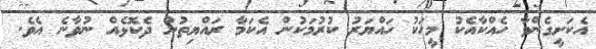
އެކަށީގެންވާ ހެއްކާއެކު މީހަކު ހައްޔަރު ކުރުމަކުން އެކަމާ ރައްޔިތުން ދެކޮޅެއް ނުވާނެ އެވެ.